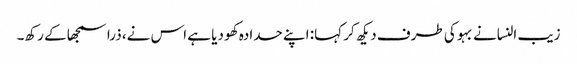
زیب النسانے بہو کی طرف دیکھ کر کہا: اپنے حدادہ کھو دیا ہے اس نے، ذرا سمجھا کے رکھ۔